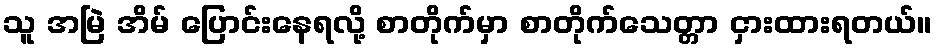
သူ အမြဲ အိမ် ပြောင်းနေရလို့ စာတိုက်မှာ စာတိုက်သေတ္တာ ငှားထားရတယ်။